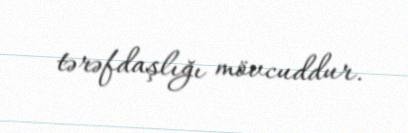
tərəfdaşlığı mövcuddur.